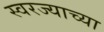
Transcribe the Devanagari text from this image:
स्वरज्याच्या